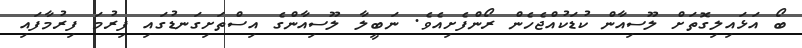
ބޯ އަޅައިލިގޮތަށް ލޫސިއާން ކުޑަކުއްޖެހެން ރޯންފެށިއެވެ. ނަބީލާ ލޫސިއާންގެ އިސްތަށިގަނޑުގައި ފިރުމަ ފިރުމާފައި